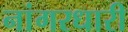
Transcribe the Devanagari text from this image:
नांगरधारी